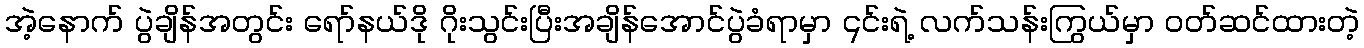
အဲ့နောက် ပွဲချိန်အတွင်း ရော်နယ်ဒို ဂိုးသွင်းပြီးအချိန်အောင်ပွဲခံရာမှာ ၎င်းရဲ့ လက်သန်းကြွယ်မှာ ဝတ်ဆင်ထားတဲ့